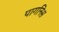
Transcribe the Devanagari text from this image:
पागनिस